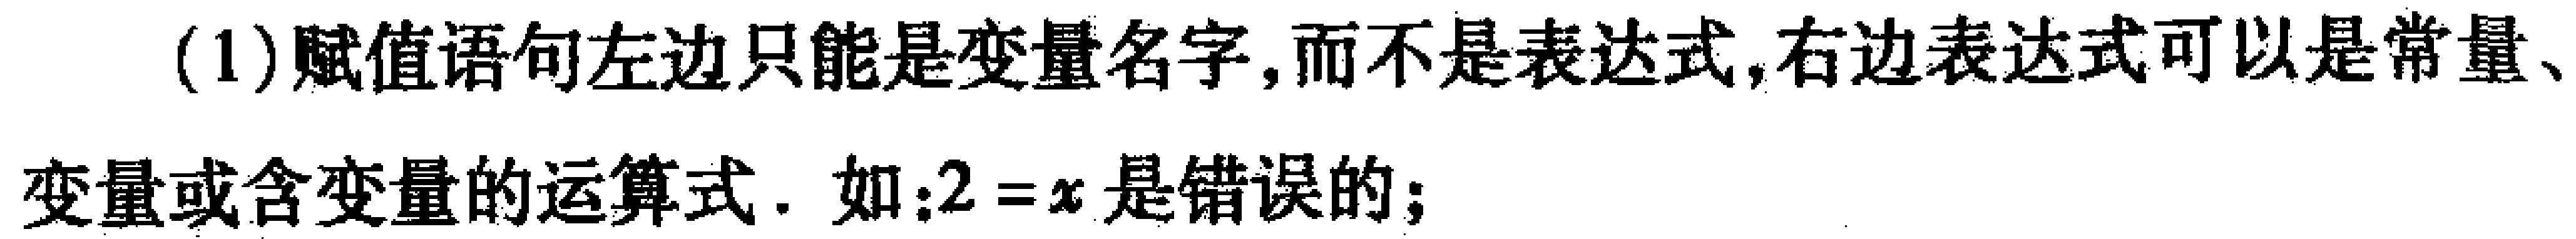
(1)赋值语句左边只能是变量名字,而不是表达式,右边表达式可以是常量、变量或含变量的运算式. 如:$2 = x$是错误的;